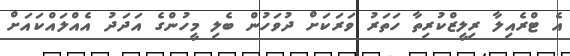
އެ ޓްރެއިލާ ރިލީޒްކުރިތާ ހަތަރު ވަރަކަށް ދުވަހުން ބެލި މީހުންގެ އަދަދު އެއްލައްކައަށް